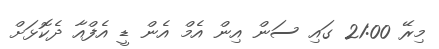
މިރޭ 21:00 ގައި ސަން އިން އެމް އެން ޑީ އެފްއާ ދެކޮޅަށް